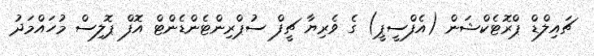
ޗައިލްޑް ޕްރޮޓެކްޝަން (އެފްސީޕީ) ގެ ވެރިޔާ ޗީފް ސުޕްރިންޓެންޑެންޓް އޮފް ޕޮލިސް މުހައްމަދު